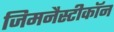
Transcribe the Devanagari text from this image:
जिमनैस्टीकॉन